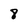
Character: 8